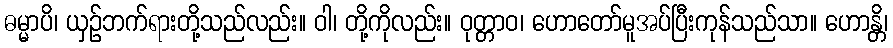
ဓမ္မာပိ၊ ယှဉ်ဘက်ရားတို့သည်လည်း။ ဝါ၊ တို့ကိုလည်း။ ဝုတ္တာဝ၊ ဟောတော်မူအပ်ပြီးကုန်သည်သာ။ ဟောန္တိ၊